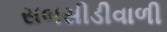
સબસીડીવાળી